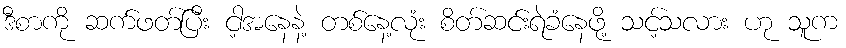
ဒီစာကို ဆက်ဖတ်ပြီး ငါ့အနေနဲ့ တစ်နေ့လုံး စိတ်ဆင်းရဲခံနေဖို့ သင့်သလား ဟု သူက